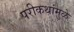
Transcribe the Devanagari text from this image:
परीकथांमुळे